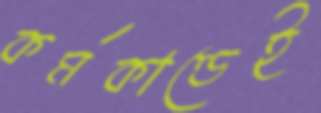
কর্মকাণ্ডেই